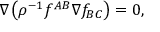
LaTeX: \nabla \left( \rho ^ { - 1 } f ^ { A B } \nabla f _ { B C } \right) = 0 ,